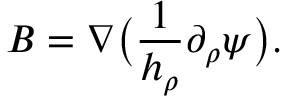
\boldsymbol { B } = \nabla \big ( \frac 1 { h _ { \rho } } \partial _ { \rho } \psi \big ) .